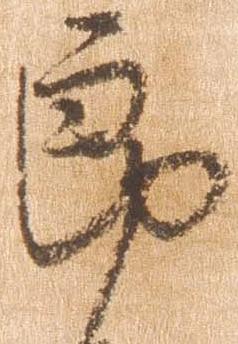
郎